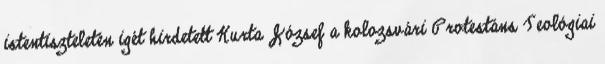
istentiszteletén igét hirdetett Kurta József a kolozsvári Protestáns Teológiai